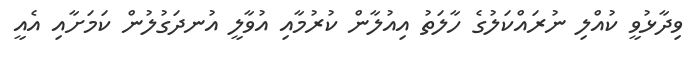
ވިދާޅުވީ ކުއްލި ނުރައްކަލުގެ ހާލަތު އިއުލާން ކުރުމާއި އުވާލީ އުނދަގުލުން ކަމަށާއި އެއީ